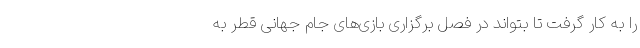
را به کار گرفت تا بتواند در فصل برگزاری بازی‌های جام جهانی قطر به